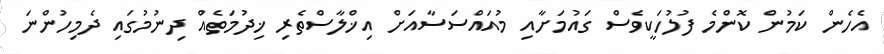
އެހެން ކަމުން ކޮންމެ ފުލުހަކީވެސް ގައުމަށާއި މުއައްސަސާއަށް އިޚްލާސްތެރި ޚިދުމަތެއް ދިނުމުގައި ދެމިހުންނަ